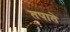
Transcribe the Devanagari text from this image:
तपाते